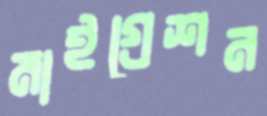
মাইগ্রেশন